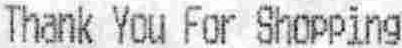
THANK YOU FOR SHOPPING